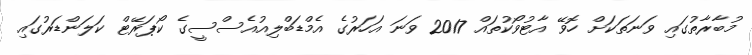
މުބާރާތުގައި ވަނަތަކަށް ހޮވޭ އާޓުވޯކުތައް 2017 ވަނަ އަހަރުގެ އެމްޑަބްލިއުއެސްސީގެ ކޯޕަރޭޓް ކަލަންޑަރުގައި